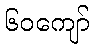
၆၀ကျော်